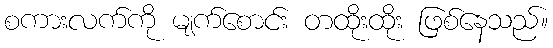
စကားလက်ကို မျက်စောင်း တထိုးထိုး ဖြစ်နေသည်။